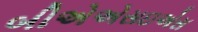
બીએએસઇએસ